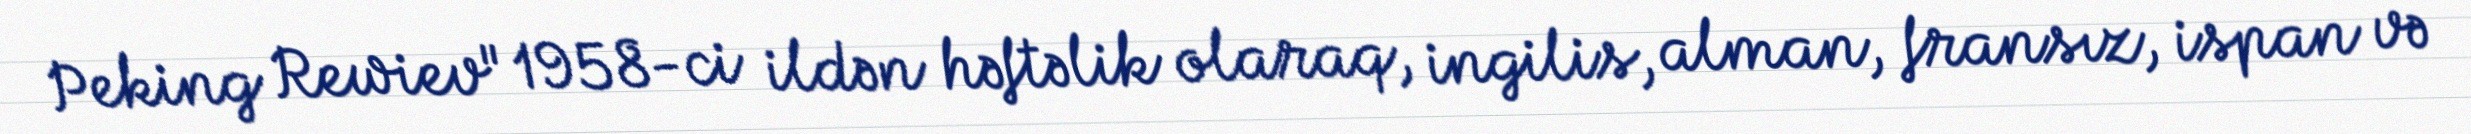
Peking Rewiev" 1958-ci ildən həftəlik olaraq, ingilis, alman, fransız, ispan və